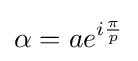
\alpha =ae^{i{\frac {\pi }{p}}}